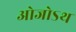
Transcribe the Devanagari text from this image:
ओजोऽथ